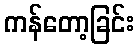
ကန်တော့ခြင်း